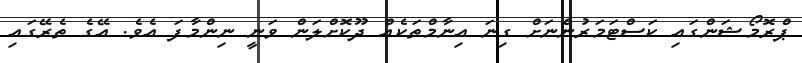
ޕްރޮމޯޝަންގައި ކަސްޓަމަރުންނަށް ގިނަ އިނާމްތަކެއް ދޫކޮށްލަން ވަނީ ނިންމާފަ އެވެ. އޭގެ ތެރޭގައި